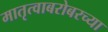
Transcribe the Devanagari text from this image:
मातृत्वाबरोबरच्या